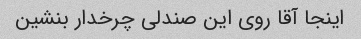
اینجا آقا روی این صندلی چرخدار بنشین